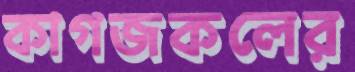
কাগজকলের